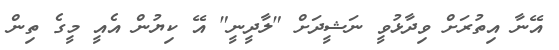
އޭނާ އިތުރަށް ވިދާޅުވީ ނަޝީދަށް "ލާދީނީ" އޭ ކިޔުން އެއީ މީގެ ތިން